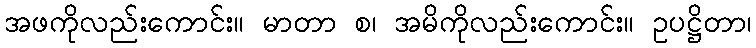
အဖကိုလည်းကောင်း။ မာတာ စ၊ အမိကိုလည်းကောင်း။ ဥပဋ္ဌိတာ၊